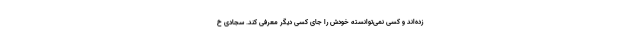
زده‌اند و کسی نمی‌توانسته خودش را جای کسی دیگر معرفی کند. سجادی خ